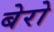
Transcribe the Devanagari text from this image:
बेरो